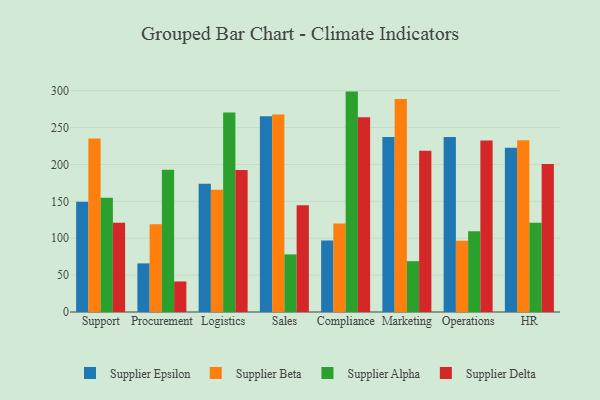
{"axis": {"x": "Department", "y": "Active Users"}, "legend": ["Supplier Alpha", "Supplier Beta", "Supplier Delta", "Supplier Epsilon"], "data": [{"x": "Support", "y": 149.6, "type": "Supplier Epsilon"}, {"x": "Support", "y": 235.1, "type": "Supplier Beta"}, {"x": "Support", "y": 154.9, "type": "Supplier Alpha"}, {"x": "Support", "y": 121.0, "type": "Supplier Delta"}, {"x": "Procurement", "y": 65.9, "type": "Supplier Epsilon"}, {"x": "Procurement", "y": 118.9, "type": "Supplier Beta"}, {"x": "Procurement", "y": 192.8, "type": "Supplier Alpha"}, {"x": "Procurement", "y": 41.4, "type": "Supplier Delta"}, {"x": "Logistics", "y": 174.0, "type": "Supplier Epsilon"}, {"x": "Logistics", "y": 165.7, "type": "Supplier Beta"}, {"x": "Logistics", "y": 270.4, "type": "Supplier Alpha"}, {"x": "Logistics", "y": 192.5, "type": "Supplier Delta"}, {"x": "Sales", "y": 265.5, "type": "Supplier Epsilon"}, {"x": "Sales", "y": 267.9, "type": "Supplier Beta"}, {"x": "Sales", "y": 78.1, "type": "Supplier Alpha"}, {"x": "Sales", "y": 144.7, "type": "Supplier Delta"}, {"x": "Compliance", "y": 96.8, "type": "Supplier Epsilon"}, {"x": "Compliance", "y": 120.0, "type": "Supplier Beta"}, {"x": "Compliance", "y": 298.8, "type": "Supplier Alpha"}, {"x": "Compliance", "y": 264.1, "type": "Supplier Delta"}, {"x": "Marketing", "y": 237.1, "type": "Supplier Epsilon"}, {"x": "Marketing", "y": 288.8, "type": "Supplier Beta"}, {"x": "Marketing", "y": 68.9, "type": "Supplier Alpha"}, {"x": "Marketing", "y": 218.6, "type": "Supplier Delta"}, {"x": "Operations", "y": 237.2, "type": "Supplier Epsilon"}, {"x": "Operations", "y": 96.7, "type": "Supplier Beta"}, {"x": "Operations", "y": 109.6, "type": "Supplier Alpha"}, {"x": "Operations", "y": 232.6, "type": "Supplier Delta"}, {"x": "HR", "y": 222.6, "type": "Supplier Epsilon"}, {"x": "HR", "y": 232.7, "type": "Supplier Beta"}, {"x": "HR", "y": 121.0, "type": "Supplier Alpha"}, {"x": "HR", "y": 200.6, "type": "Supplier Delta"}]}